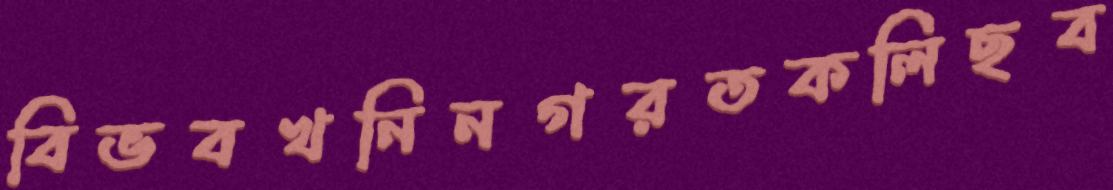
বিভবখনিনগরতকলিছব